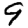
Digit: 9